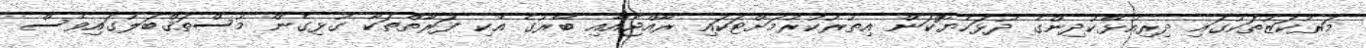
މަރުކަޒުތަކުގައި ދިރިއުޅޭކުދިންގެ ދުޅަހެޔޮކަން އިތުރުކުުރުމަށްޓަކައި ރާއްޖެއާއި ބޭރުގެ އެެކި ފަރާތްތަކާ ގުޅިގެން މުސްތަޤްބަލުގައިވެސް